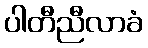
ပါတီညီလာခံ